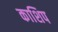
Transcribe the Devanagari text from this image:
काशिप